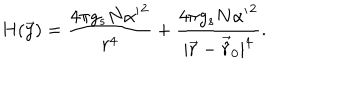
LaTeX: H ( \vec { y } ) = \frac { 4 \pi g _ { s } N { \alpha ^ { \prime } } ^ { 2 } } { r ^ { 4 } } + \frac { 4 \pi g _ { s } N { \alpha ^ { \prime } } ^ { 2 } } { | \vec { r } - \vec { \hat { r } } _ { 0 } | ^ { 4 } } .